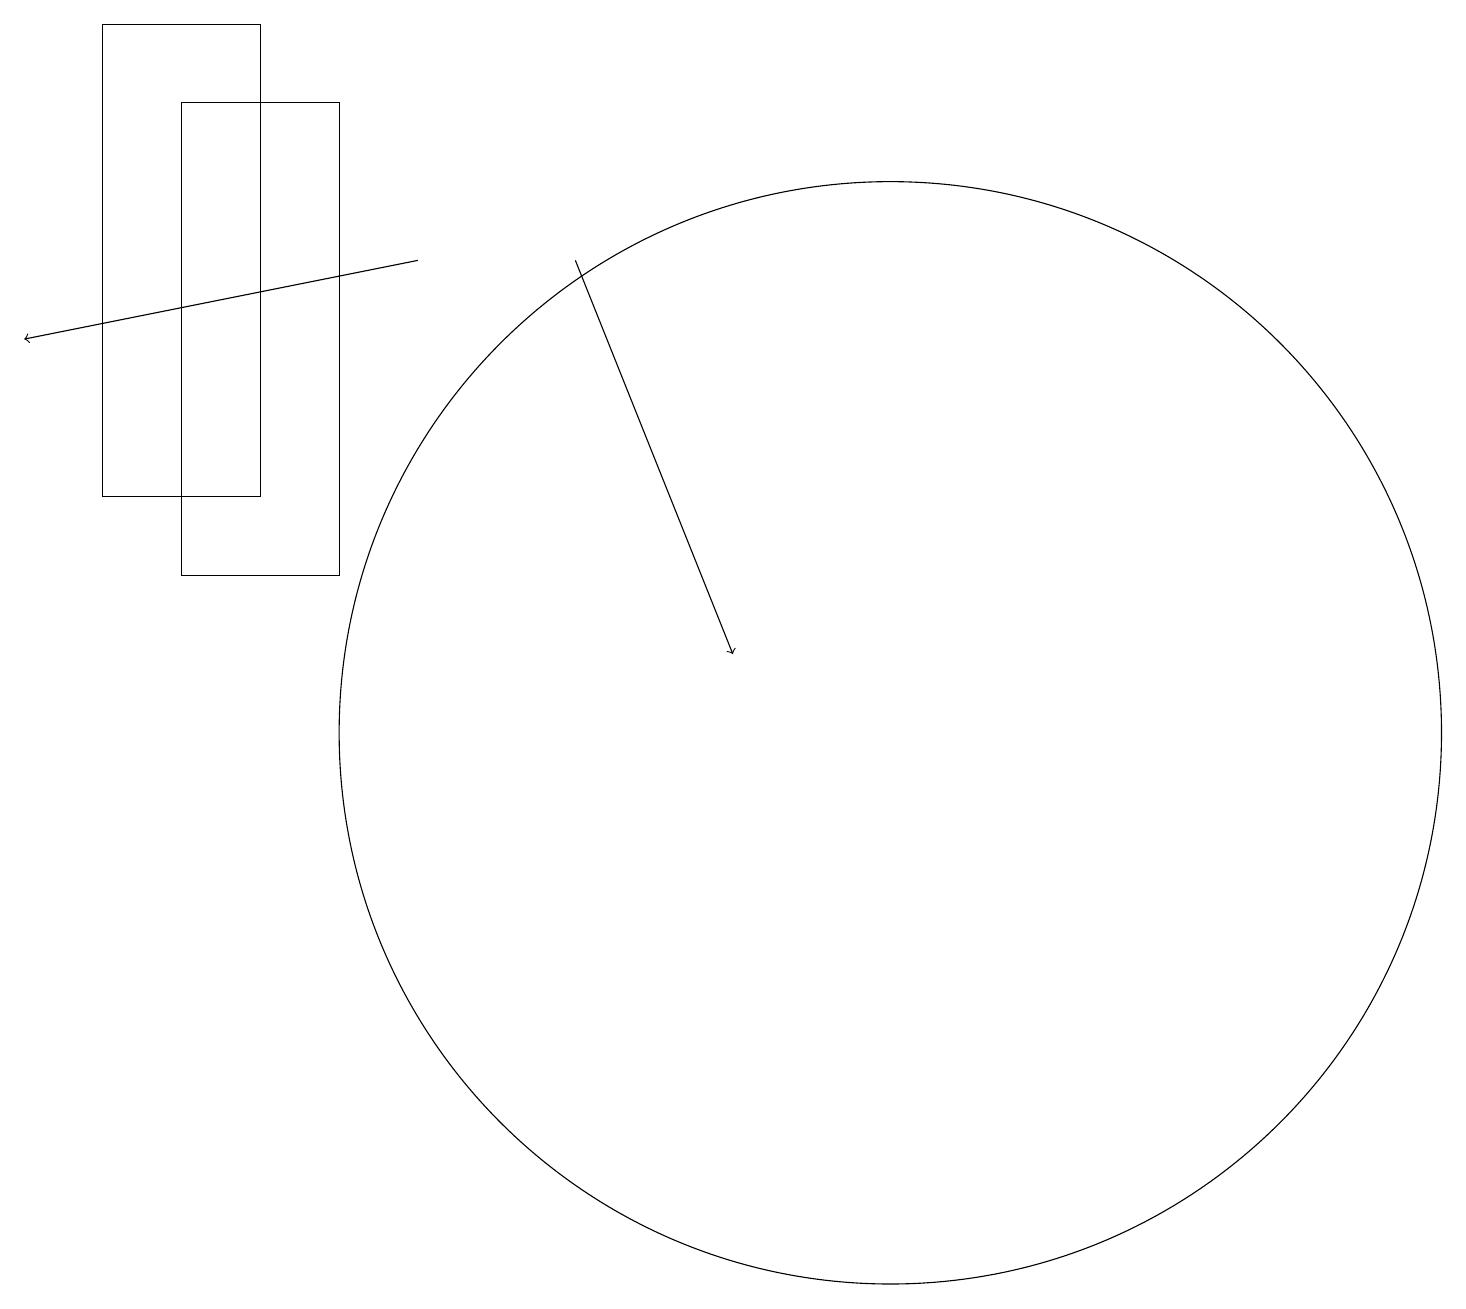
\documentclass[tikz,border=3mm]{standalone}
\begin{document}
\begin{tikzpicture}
\draw (4,12) rectangle (2,18);
\draw (11,10) circle (7);
\draw[->] (7,16) -- (9,11);
\draw (3,19) rectangle (1,13);
\draw[->] (5,16) -- (0,15);
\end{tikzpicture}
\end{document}